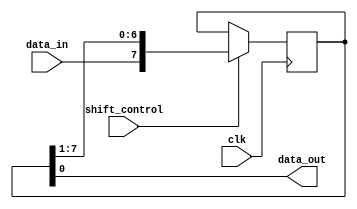
module piso_shift_register (
    input wire data_in,
    input wire clk,
    input wire shift_control,
    output reg data_out
);

reg [7:0] shift_register;

always @(posedge clk) begin
    if (shift_control) begin
        shift_register <= {data_in, shift_register[7:1]};
    end
end

assign data_out = shift_register[0];

endmodule